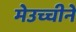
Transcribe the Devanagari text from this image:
मेउच्चीने